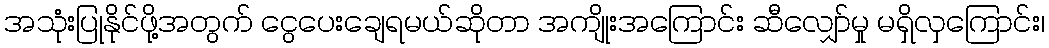
အသုံးပြုနိုင်ဖို့အတွက် ငွေပေးချေရမယ်ဆိုတာ အကျိုးအကြောင်း ဆီလျှော်မှု မရှိလှကြောင်း၊